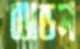
ব্যান্ডস